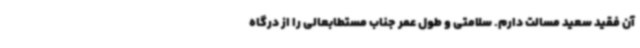
آن فقید سعید مسالت دارم. سلامتی و طول عمر جناب مستطابعالی را از درگاه